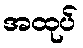
အထုပ်